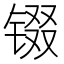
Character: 𮣵